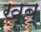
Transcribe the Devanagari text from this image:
ख्ब्